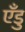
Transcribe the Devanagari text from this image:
एँडु